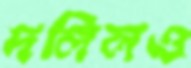
দলিলও